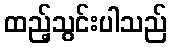
ထည့်သွင်းပါသည်